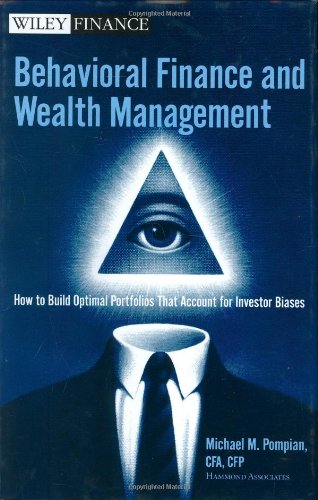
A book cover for Behavioral Finance and Wealth Management: How to Build Optimal Portfolios That Account for Investor Biases (Wiley Finance); Michael M. Pompian; Business & Money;